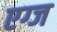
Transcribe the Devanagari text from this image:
एग्ज